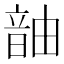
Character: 𬰹